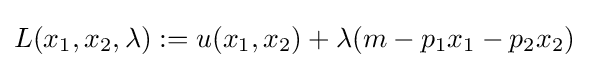
L(x_{1},x_{2},\lambda ):=u(x_{1},x_{2})+\lambda (m-p_{1}x_{1}-p_{2}x_{2})